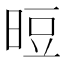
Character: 𰖉